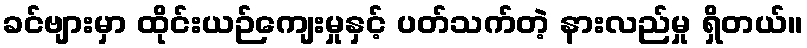
ခင်ဗျားမှာ ထိုင်းယဉ်ကျေးမှုနှင့် ပတ်သက်တဲ့ နားလည်မှု ရှိတယ်။